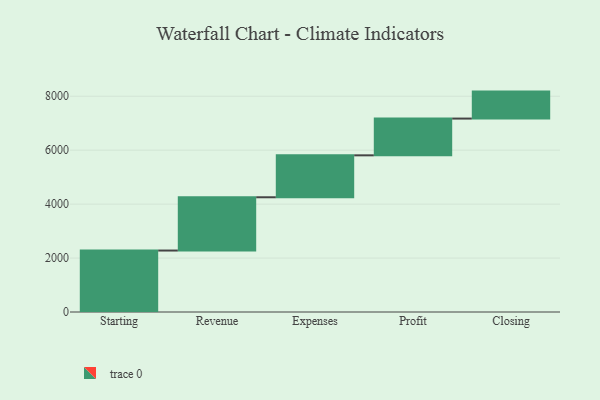
{"axis": {"x": "Step", "y": "Value"}, "legend": [""], "data": [{"x": "Starting", "y": 2279.0, "type": ""}, {"x": "Revenue", "y": 1975.0, "type": ""}, {"x": "Expenses", "y": 1555.0, "type": ""}, {"x": "Profit", "y": 1363.0, "type": ""}, {"x": "Closing", "y": 1000, "type": ""}]}